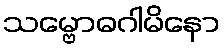
သမ္ဗောဓဂါမိနော